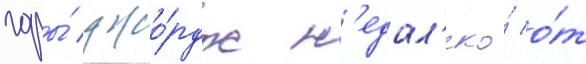
горы́ джо́рдж н'едал'еко́ о́т